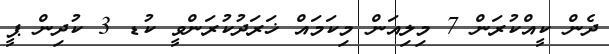
ދެން ކީއްކުރަން 7 މިލިއަން މިކަމައް ޚަރަދުކުރަންވީ ކުޑ 3 ކުދިން ޕީ